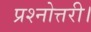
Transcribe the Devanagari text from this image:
प्रश्नोत्तरी।